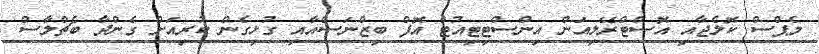
މެޕްސް ކޮލެޖާއި އޮސްޓްރޭލިއަން އިންސްޓިޓިއުޓް އޮފް ބިޒްނަސްއާއި ގުޅިގެން ކުރިއަށް ގެންދާ ބެޗްލާސް